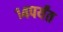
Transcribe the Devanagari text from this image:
१४पर्यंत